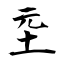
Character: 坖